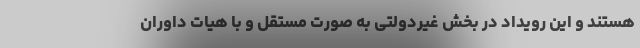
هستند و این رویداد در بخش غیردولتی به صورت مستقل و با هیات داوران